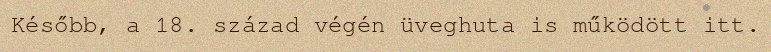
Később, a 18. század végén üveghuta is működött itt.